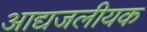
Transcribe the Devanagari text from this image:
आद्यजलीयक